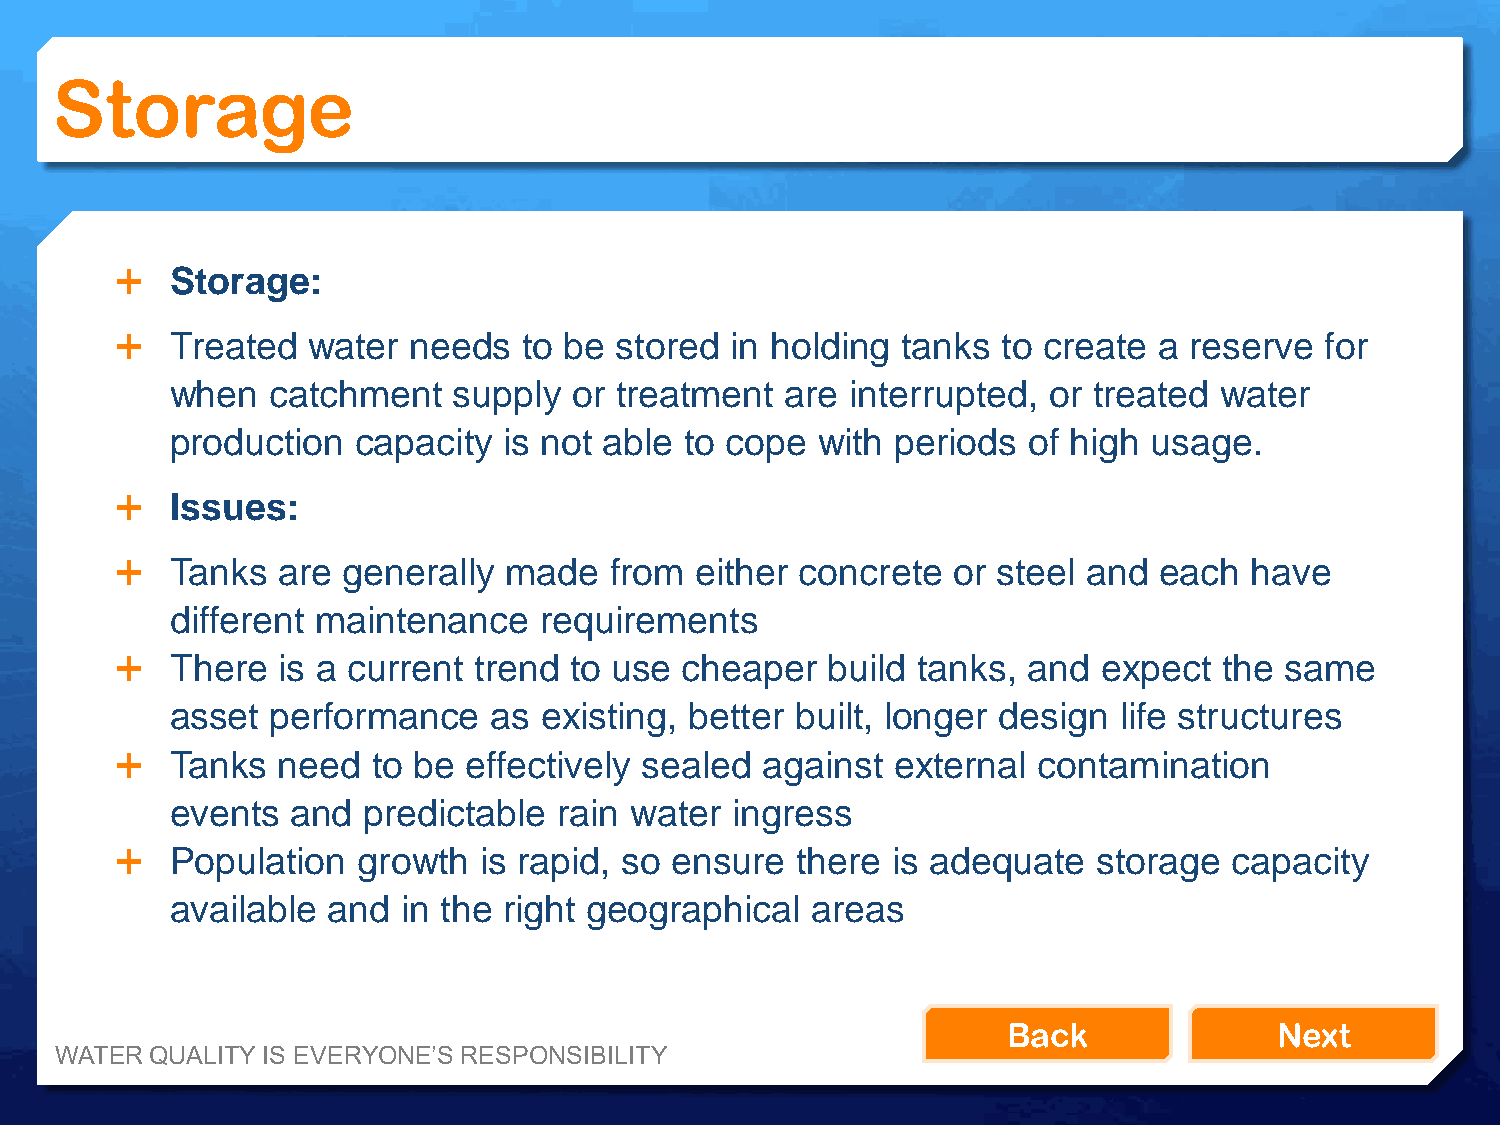
Storage
   Storage:
   Treated  water  needs   to be stored in holding  tanks to create  a reserve  for
 when   catchment   supply  or treatment  are interrupted, or treated  water
 production   capacity is not able to cope  with periods  of high usage.
   Issues:
   Tanks  are  generally made   from  either concrete  or steel and  each  have
 different maintenance    requirements
   There  is a current trend  to use cheaper   build tanks, and  expect  the same
 asset  performance   as  existing, better built, longer design life structures
   Tanks  need   to be effectively sealed  against external  contamination
 events  and  predictable  rain water ingress
   Population   growth  is rapid, so ensure  there is adequate   storage  capacity
 available  and  in the right geographical  areas
 Back              Next
 WATER QUALITY IS EVERYONE’S RESPONSIBILITY